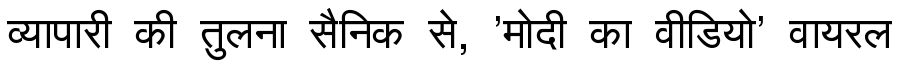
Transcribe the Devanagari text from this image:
व्यापारी की तुलना सैनिक से, 'मोदी का वीडियो' वायरल